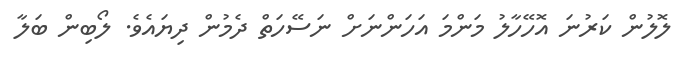
ލޮލުން ކަރުނަ އޮހޭހާލު މަންމަ އަހަންނަށް ނަސޭހަތް ދެމުން ދިޔައެވެ. ލޯބިން ބަލާ